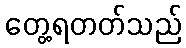
တွေ့ရတတ်သည်